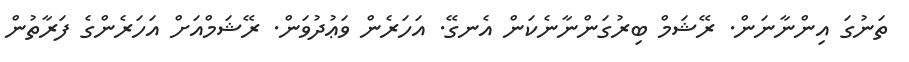
ތަނުގަ އިންނާނަން. ރޭޝަމް ބިރުގަންނާނެކަން އެނގޭ. އަހަރެން ވަޢުދުވަން. ރޭޝަމްއަށް އަހަރެންގެ ފަރާތުން